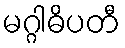
မဂ္ဂါဓိပတီ